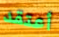
أعتقد